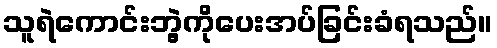
သူရဲကောင်းဘွဲ့ကိုပေးအပ်ခြင်းခံရသည်။